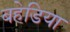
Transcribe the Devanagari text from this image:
बहेडिया